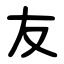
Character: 友